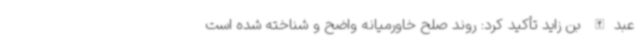
عبدالله بن زاید تأکید کرد: روند صلح خاورمیانه واضح و شناخته شده است